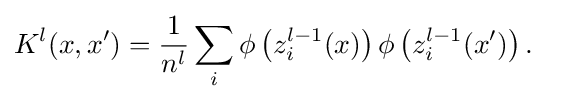
{\begin{aligned}K^{l}(x,x')&={\frac {1}{n^{l}}}\sum _{i}\phi \left(z_{i}^{l-1}(x)\right)\phi \left(z_{i}^{l-1}(x')\right).\end{aligned}}